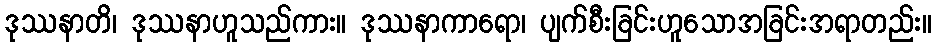
ဒုဿနာတိ၊ ဒုဿနာဟူသည်ကား။ ဒုဿနာကာရော၊ ပျက်စီးခြင်းဟူသောအခြင်းအရာတည်း။